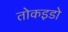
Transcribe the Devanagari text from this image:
तोकइडो